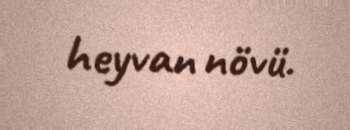
heyvan növü.